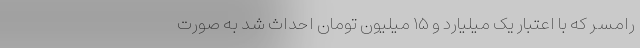
رامسر که با اعتبار یک میلیارد و ۱۵ میلیون تومان احداث شد به صورت